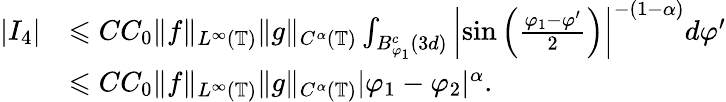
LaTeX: \begin{array}{rl}{|I_{4}|}&{\leqslant CC_{0}\| f\| _{L^{\infty}(\mathbb{T})}\| g\| _{C^{\alpha}(\mathbb{T})}\int_{B_{\varphi_{1}}^{c}(3d)}\left|\sin\left(\frac{\varphi_{1}-\varphi^{\prime}}{2}\right)\right|^{-(1-\alpha)}d\varphi^{\prime}}\\ &{\leqslant CC_{0}\| f\| _{L^{\infty}(\mathbb{T})}\| g\| _{C^{\alpha}(\mathbb{T})}|\varphi_{1}-\varphi_{2}|^{\alpha}.}\end{array}